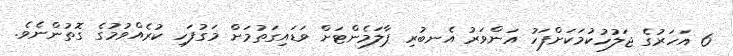
6 އަހަރުގެ ޖަލުހުކުމަކަށްފަހު އަންވަރު އެނބުރި ޕާލަމެންޓަށް ވަޑައިގަތުމަށް މަގުފަހި ކުރެއްވުމުގެ ގޮތުންނެވެ.